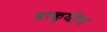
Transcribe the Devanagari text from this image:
वाक्यीय